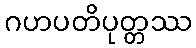
ဂဟပတိပုတ္တဿ